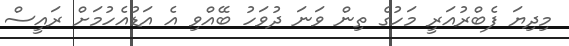
މިދިޔަ ފެބްރުއަރީ މަހުގެ ތިން ވަނަ ދުވަހު ބޭއްވި އެ އަޑުއެހުމަށް ރައީސް